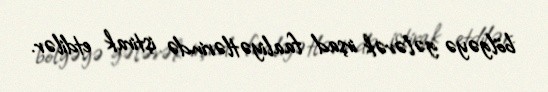
bölgəyə gələrək irşad faaliyətlərində iştirak etdilər.